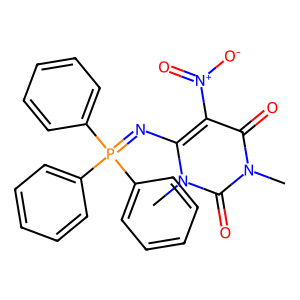
SMILES: Cn1c(N=P(c2ccccc2)(c2ccccc2)c2ccccc2)c([N+](=O)[O-])c(=O)n(C)c1=O
Inhibits HIV replication: No